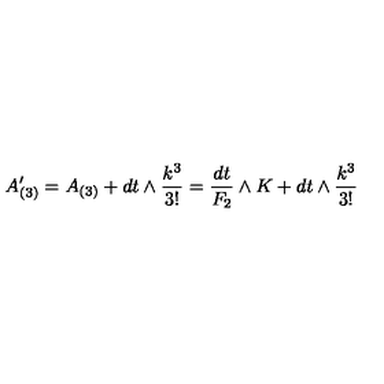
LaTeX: A _ { ( 3 ) } ^ { \prime } = A _ { ( 3 ) } + d t \wedge { \frac { k ^ { 3 } } { 3 ! } } = { \frac { d t } { F _ { 2 } } } \wedge K + d t \wedge { \frac { k ^ { 3 } } { 3 ! } }